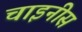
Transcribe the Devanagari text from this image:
चाइनीस